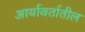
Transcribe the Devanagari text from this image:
आर्यावर्तातील